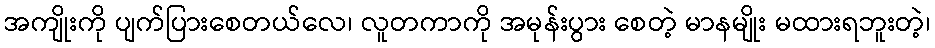
အကျိုးကို ပျက်ပြားစေတယ်လေ၊ လူတကာကို အမုန်းပွား စေတဲ့ မာနမျိုး မထားရဘူးတဲ့၊